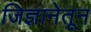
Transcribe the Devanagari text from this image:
जिज्ञानेतून